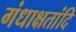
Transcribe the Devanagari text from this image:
गंधाक्षतांदि